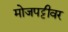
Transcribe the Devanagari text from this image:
मोजपट्टीवर